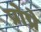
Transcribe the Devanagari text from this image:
प्रोप्रे